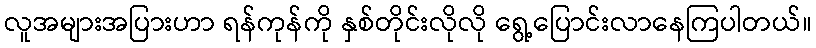
လူအများအပြားဟာ ရန်ကုန်ကို နှစ်တိုင်းလိုလို ရွေ့ပြောင်းလာနေကြပါတယ်။